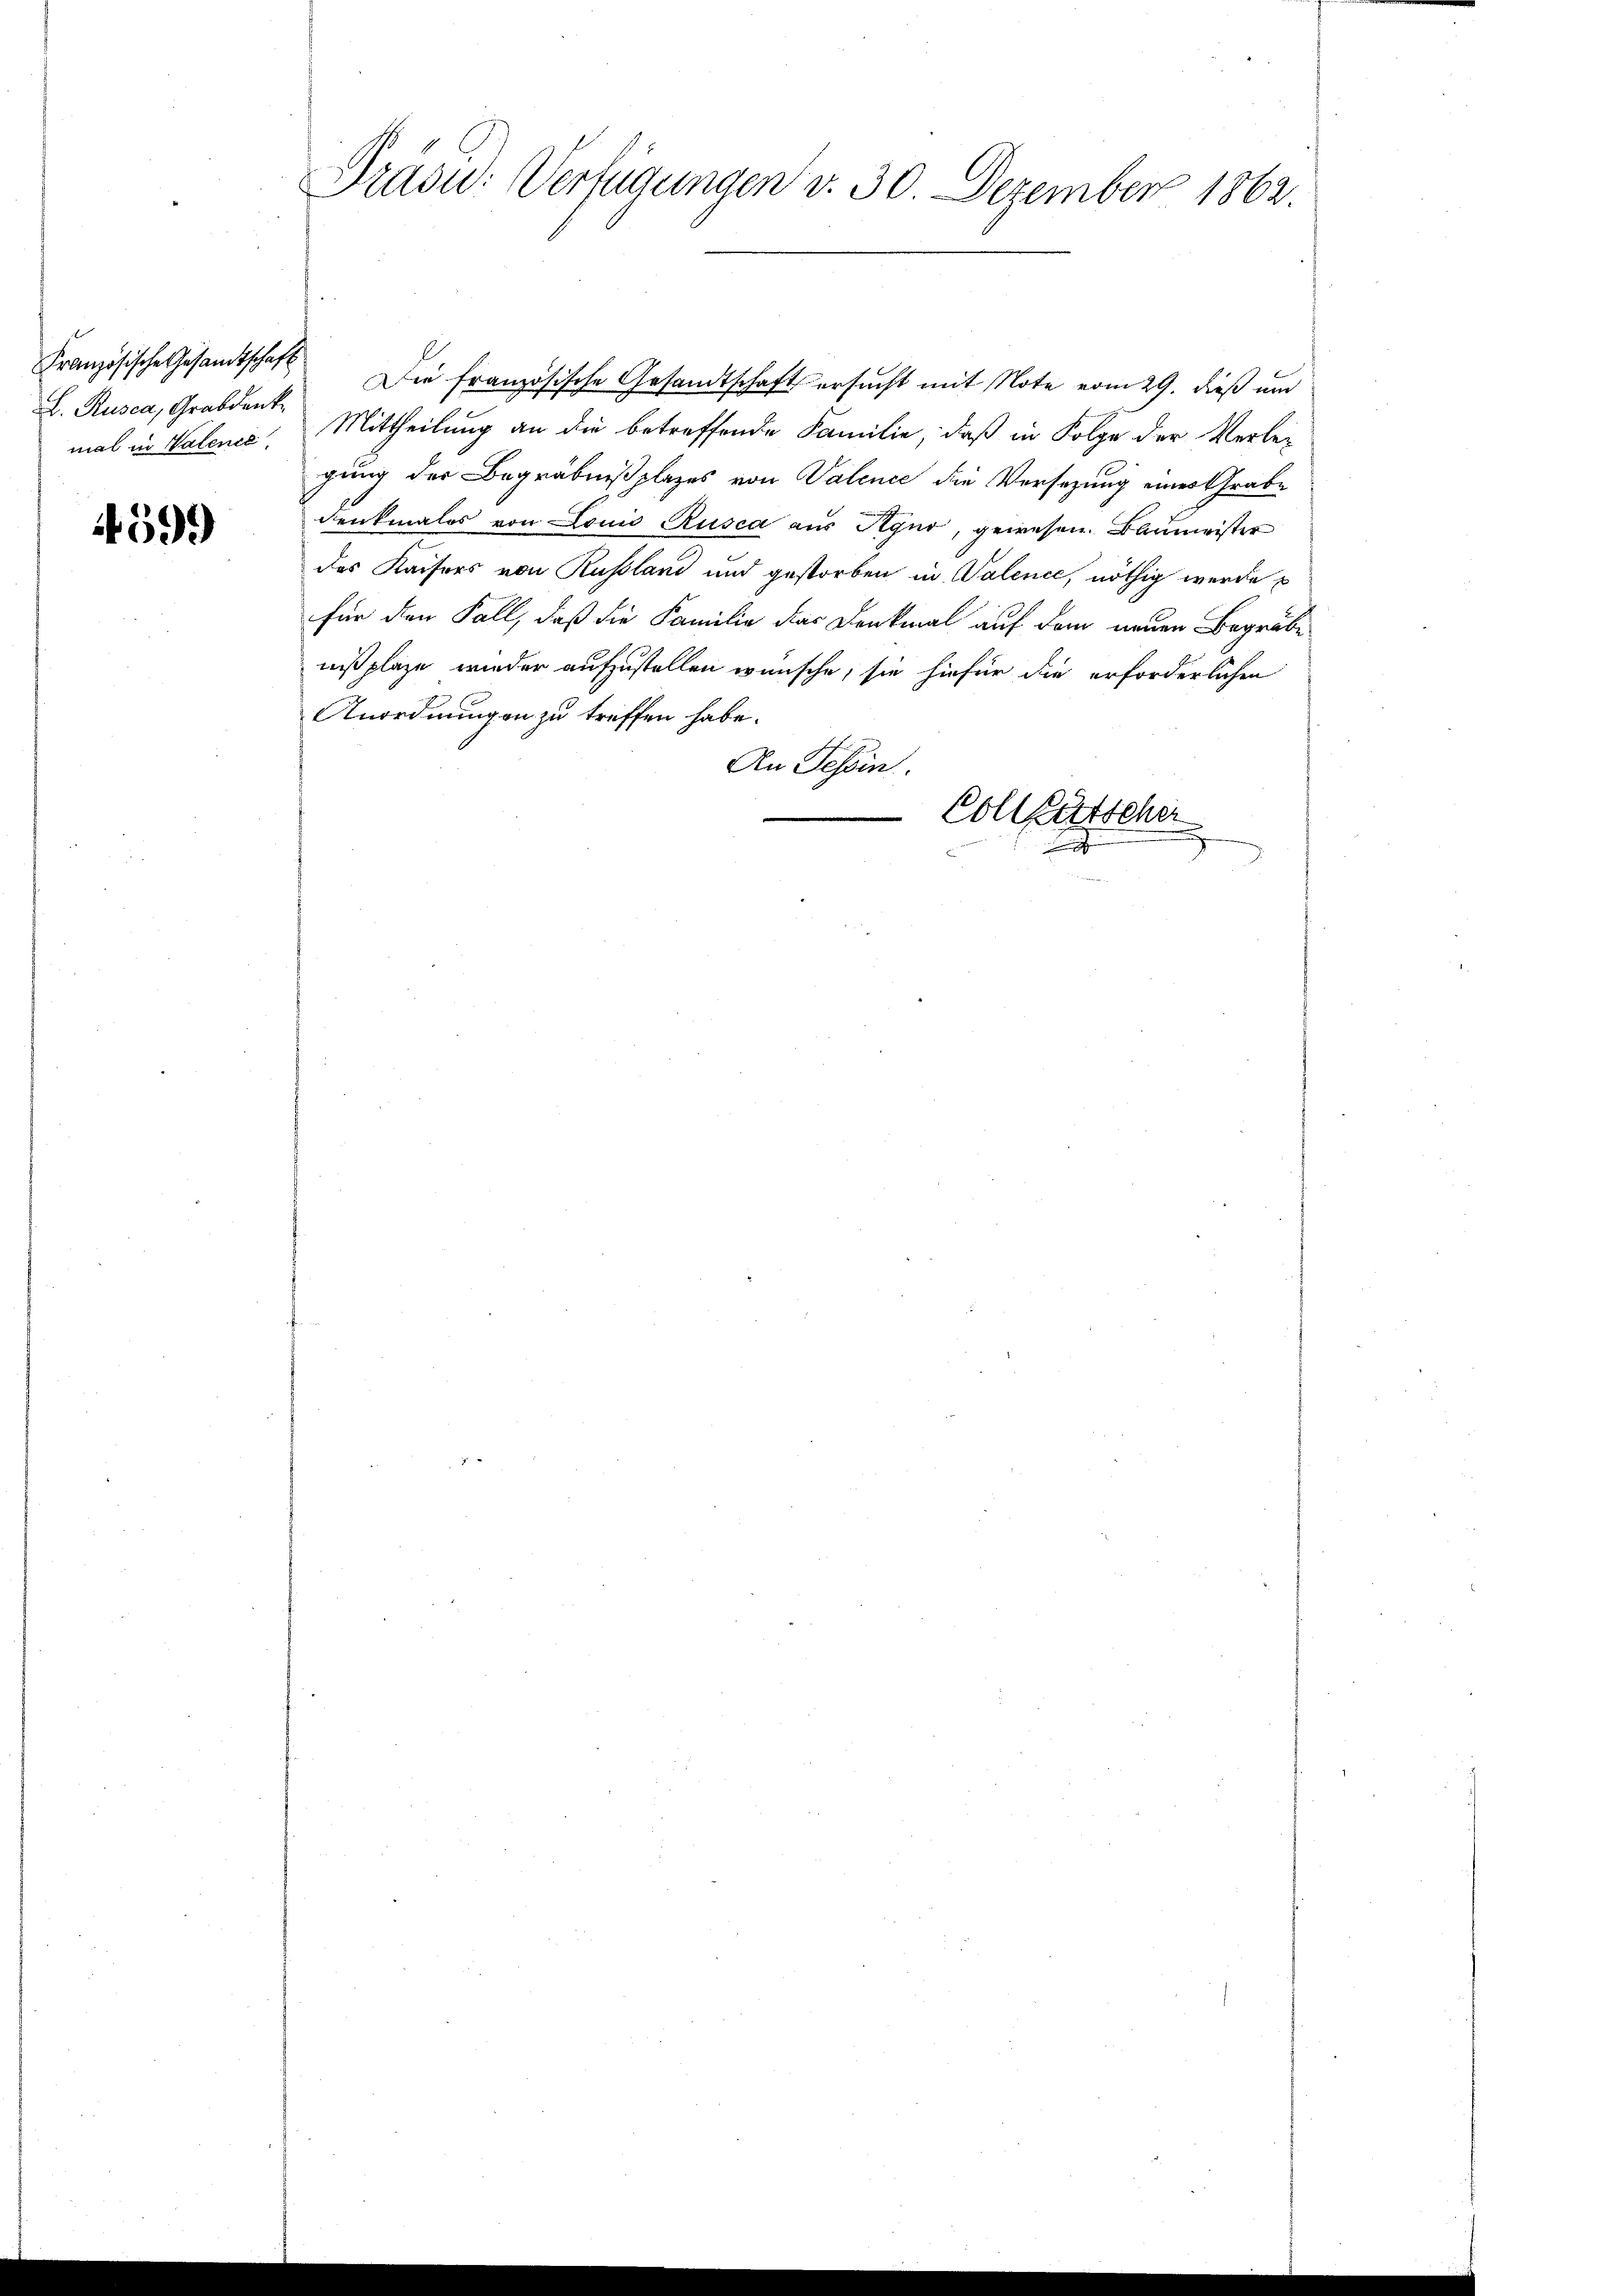
Französische Gesandtschaft
L. Rusca, Grabdenke
mal in Valence

4599

Präsu: Verfügungen v. 30. Dezember 1862.

Die französische Gesandtschaft ersucht mit Note vom 29. dieß und
Mittheilung an die betreffende Familie, daß in Folge der Verleg
gung der Begräbnißplazes von Valence die Versetzung eines Grabe
Denkmales von Louis Rusca aus Agno, gewesen. Baumeister
des Kaisers von Russland und gestorben in Valence, nöthig werde
für den Fall, daß die Familie das Denkmal auf dem neuen Begräbe
nißplaze wieder aufzustellen wünsche, sie hiefür die erforderlichen
Anordnungen zu treffen habe.
An Tessin.
Collatschen